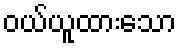
ဝယ်ယူထားသော